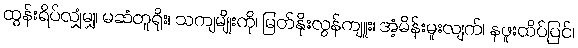
ထွန်းရိပ်လျှံမျှ၊ မဆံတူရိုး၊ သကျမျိုးကို၊ မြတ်နိုးလွန်ကျူး၊ အံ့မိန်းမူးလျက်၊ နဖူးထိပ်ပြင်၊